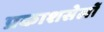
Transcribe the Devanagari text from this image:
प्रकाशसेलों